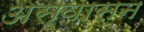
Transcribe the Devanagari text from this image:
अस्वासन